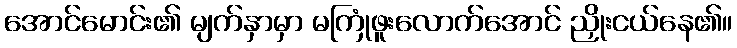
အောင်မောင်း၏ မျက်နှာမှာ မကြုံဖူးလောက်အောင် ညှိုးငယ်နေ၏။